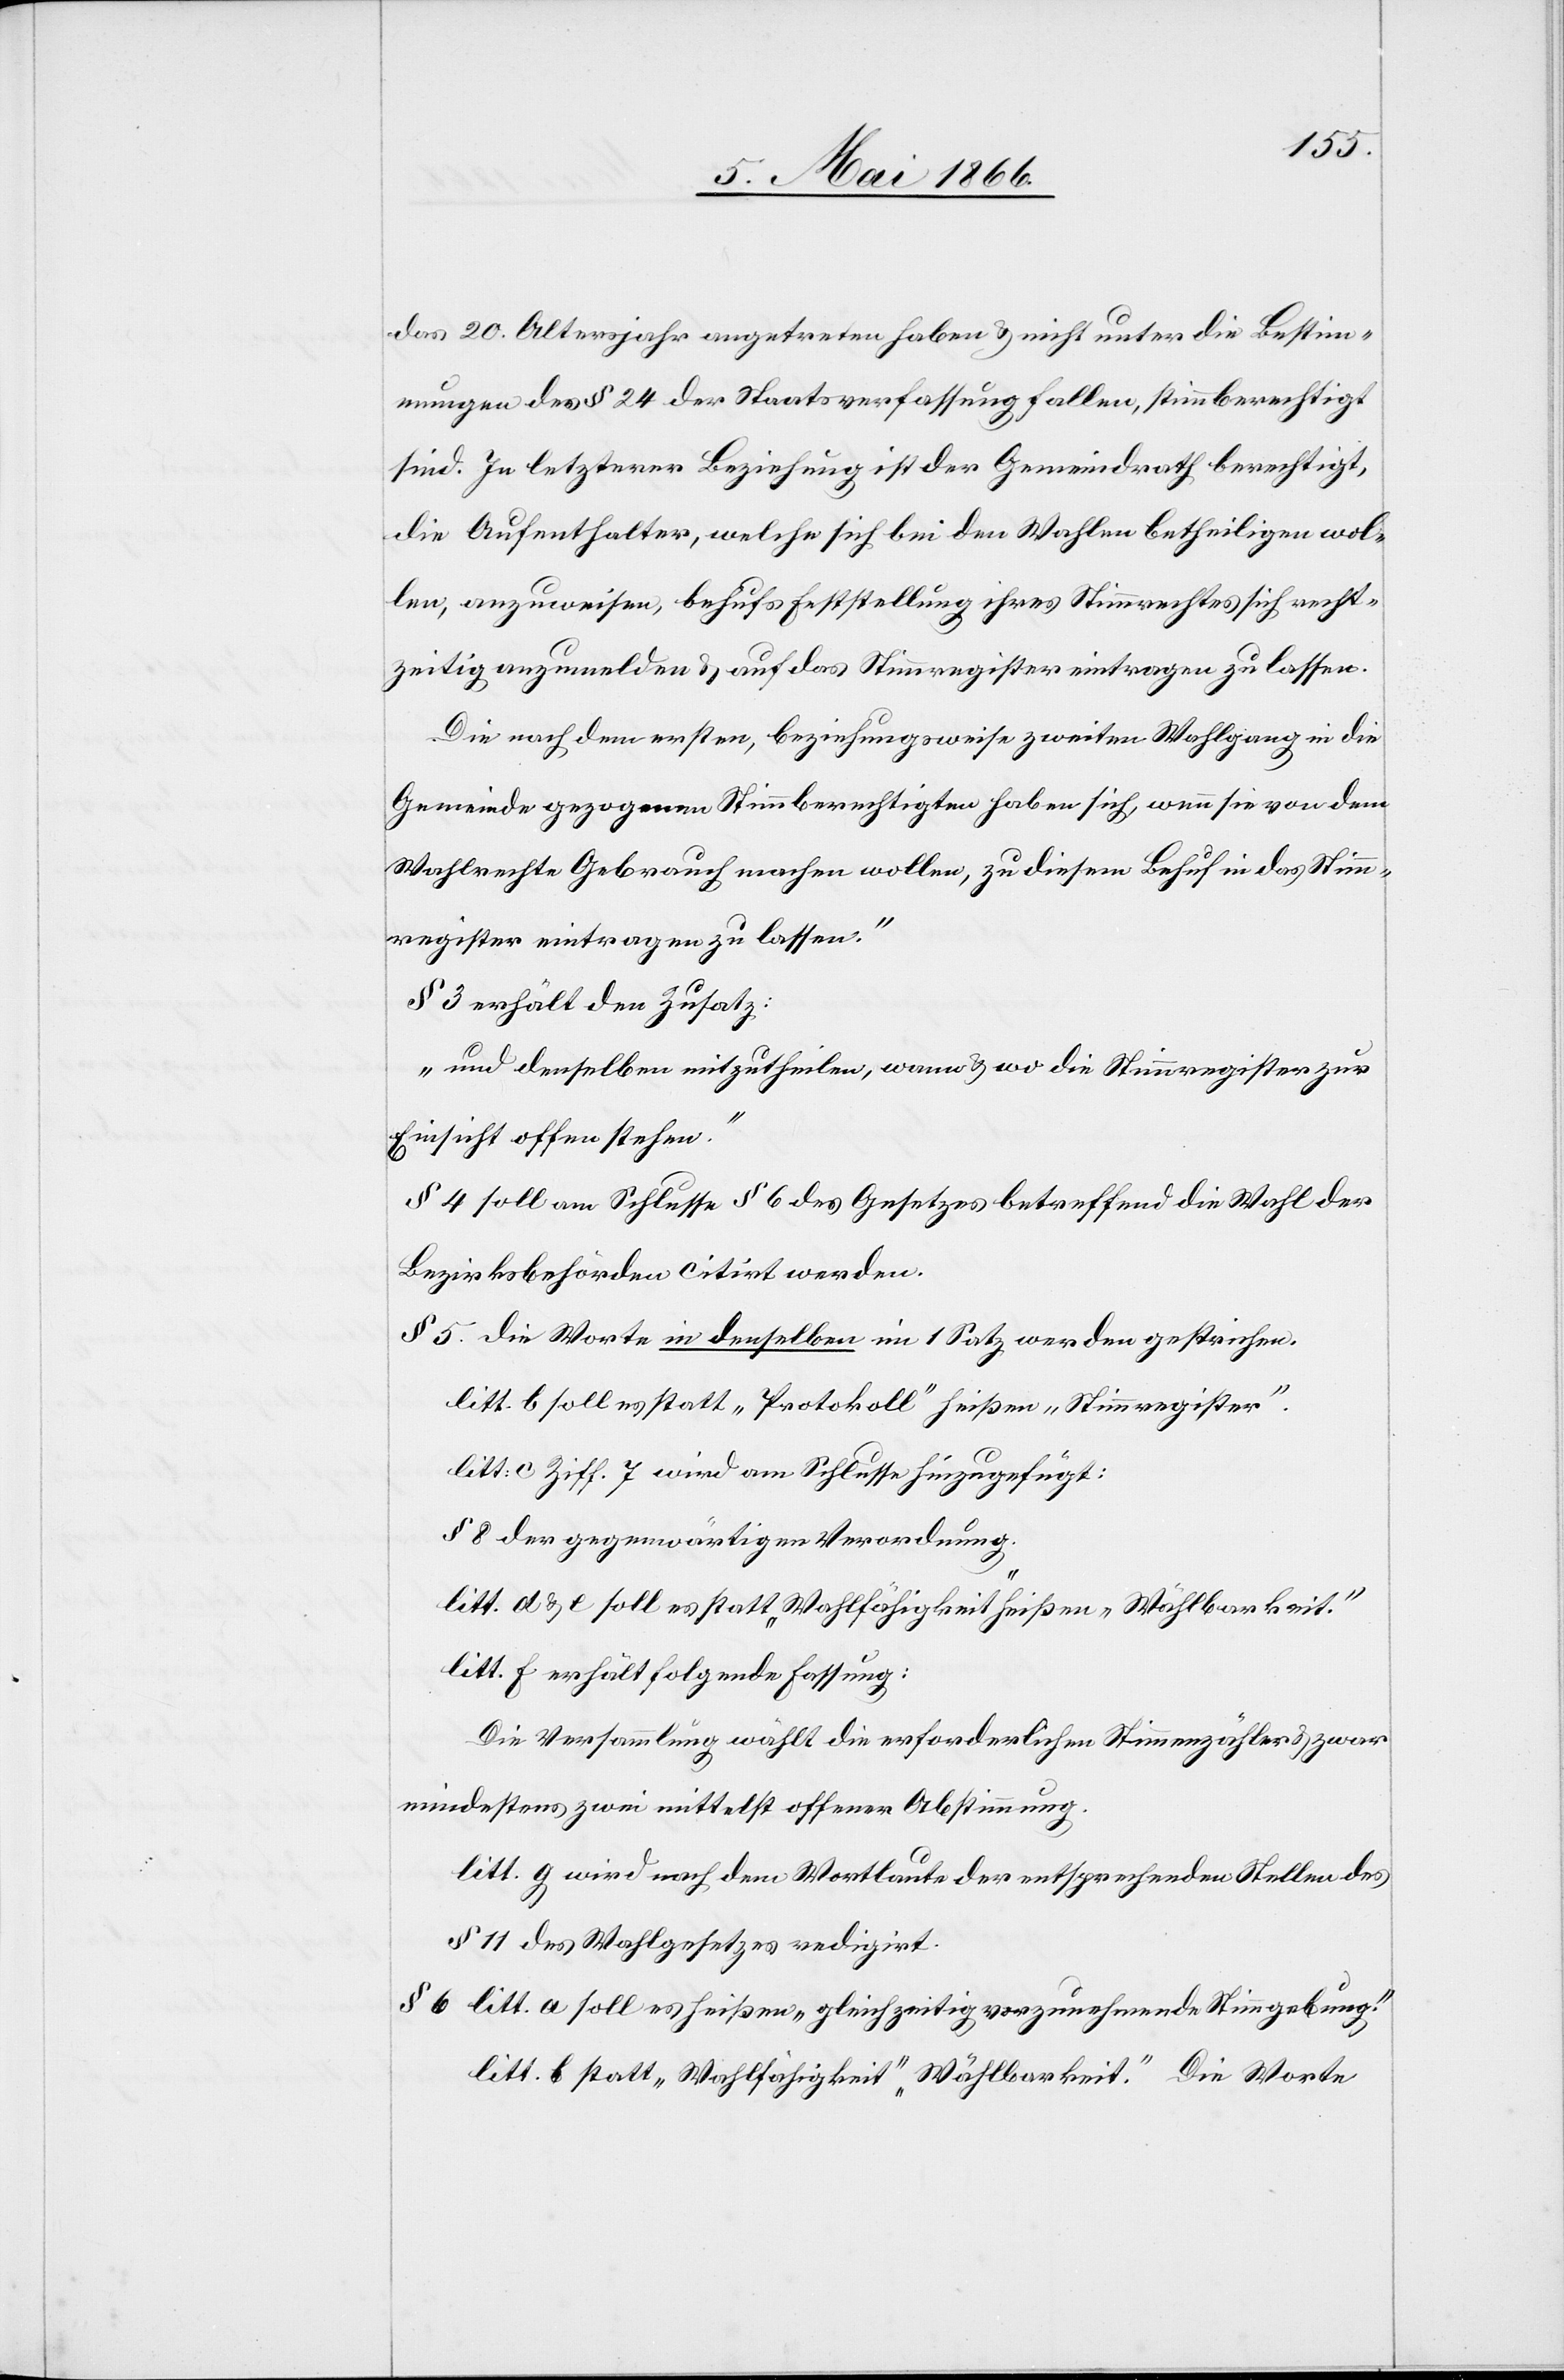
das 20. Altersjahr angetreten haben u. nicht unter die Bestim¬
mungen des § 24 der Staatsverfassung fallen, stimmberechtigt
sind. In letzterer Beziehung ist der Gemeindrath berechtigt,
die Aufenthalter, welche sich bei den Wahlen betheiligen wol¬
len, anzuweisen, behufs Feststellung ihres Stimmrechtes sich recht¬
zeitig anzumelden u. auf das Stimmregister eintragen zu lassen.
Die nach dem ersten, beziehungsweise zweiten Wahlgang in die
Gemeinde gezogenen Stimmberechtigten haben sich, wenn sie von dem
Wahlrechte Gebrauch machen wollen, zu diesem Behuf in das Stimm¬
register eintragen zu lassen.[“]
§ 3 erhält den Zusatz:
„um denselben mitzutheilen, wann u. wo die Stimmregister zur
Einsicht offen stehen.“
§ 4 soll am Schlusse des § 6 des Gesetzes betreffend die Wahl der
Bezirksbehörden citirt werden.
§ 5 die Wort in denselben im 1[.] Satz werden gestrichen.
litt. b soll es statt „Protokoll“ heißen „Stimmregister“.
litt: c Ziff. 7 wird am Schlusse hinzugefügt:
8 der gegenwärtigen Verordnung.[“]
litt d u. e. soll es statt „Wahlfähigkeit“ heißen „Wählbarkeit.“
litt f erhält folgende Fassung:
Die Versammlung wählt die erforderlichen Stimmzähler u. zwar
mindestens zwei mittelst offener Abstimmung.
litt. g wird nach dem Wortlaute der entsprechenden Stellen des
§ 11 des Wahlgesetzes redigirt.
§ 6 litt. a soll es heißen „gleichzeitig vorzunehmende Stimmgebung“.
litt. b statt „Wahlfähigkeit“ „Wählbarkeit.“ Die Worte